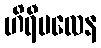
ဟိရီဗလေန